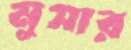
মুসার